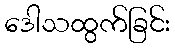
ဒေါသထွက်ခြင်း